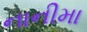
નાનીમા